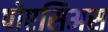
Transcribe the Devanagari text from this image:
पोएसिअस